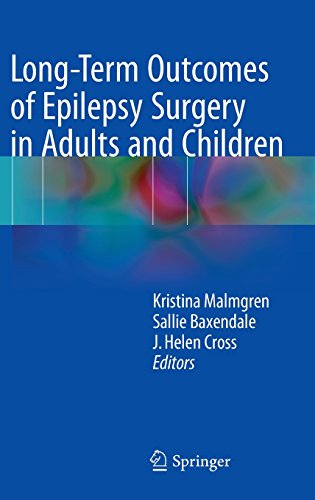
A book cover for Long-Term Outcomes of Epilepsy Surgery in Adults and Children; Health, Fitness & Dieting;